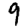
Digit: 9